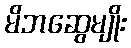
မိဘဆွေမျိုး